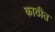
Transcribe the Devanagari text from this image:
काठीत